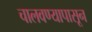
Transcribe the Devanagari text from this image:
चालवण्यापासून